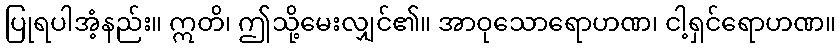
ပြုရပါအံ့နည်း။ ဣတိ၊ ဤသို့မေးလျှင်၏။ အာဝုသောရောဟဏ၊ ငါ့ရှင်ရောဟဏ။